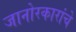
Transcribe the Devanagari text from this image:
जानोरकारांचे